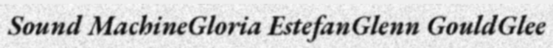
Sound MachineGloria EstefanGlenn GouldGlee